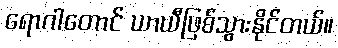
ရောဂါတောင် ယာယီဖြစ်သွားနိုင်တယ်။